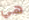
هي